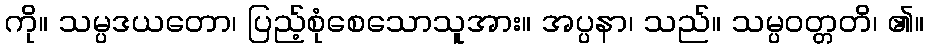
ကို။ သမ္ပဒယတော၊ ပြည့်စုံစေသောသူအား။ အပ္ပနာ၊ သည်။ သမ္ပဝတ္တတိ၊ ၏။